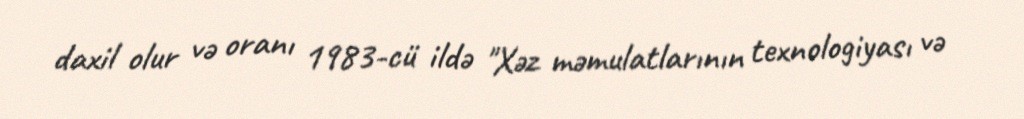
daxil olur və oranı 1983-cü ildə "Xəz məmulatlarının texnologiyası və